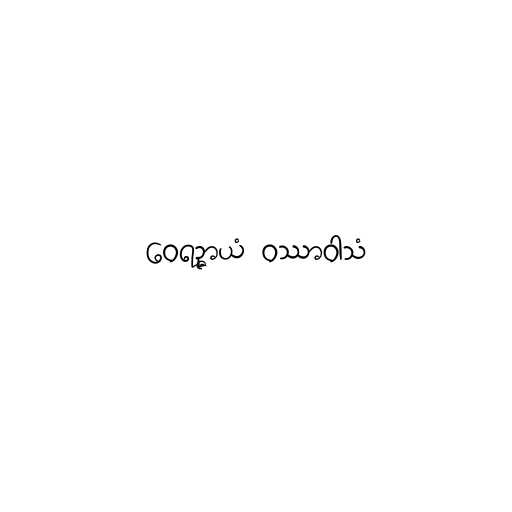
ဝေရဉ္ဇာယံ ဝဿာဝါသံ